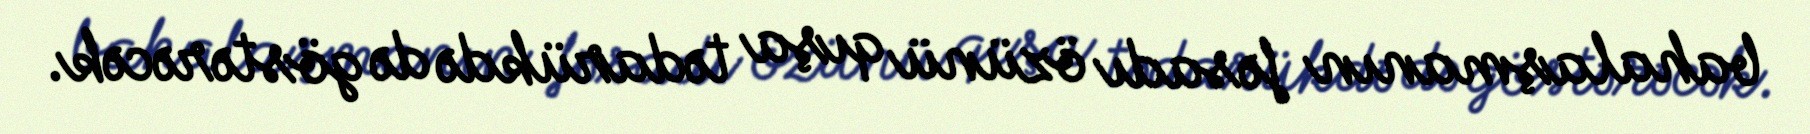
bahalaşmanın fəsadı özünü qışa tədarükdə də göstərəcək.